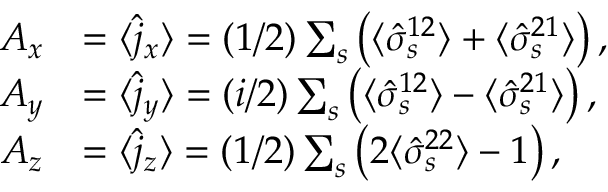
\begin{array} { r l } { A _ { x } } & { = \langle \hat { j } _ { x } \rangle = ( 1 / 2 ) \sum _ { s } \left( \langle \hat { \sigma } _ { s } ^ { 1 2 } \rangle + \langle \hat { \sigma } _ { s } ^ { 2 1 } \rangle \right) , } \\ { A _ { y } } & { = \langle \hat { j } _ { y } \rangle = ( i / 2 ) \sum _ { s } \left( \langle \hat { \sigma } _ { s } ^ { 1 2 } \rangle - \langle \hat { \sigma } _ { s } ^ { 2 1 } \rangle \right) , } \\ { A _ { z } } & { = \langle \hat { j } _ { z } \rangle = ( 1 / 2 ) \sum _ { s } \left( 2 \langle \hat { \sigma } _ { s } ^ { 2 2 } \rangle - 1 \right) , } \end{array}